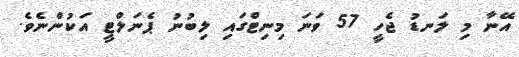
އޭނާ މި ލަނޑު ޖެހީ 57 ވަނަ މިނިޓްގައި ލިބުނު ޕެނަލްޓީ އަކުންނެވެ.